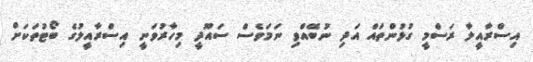
އިސްރާއީލާ ރަސްމީ ގުޅުންތައް އަދި ނުބޭއްވި ނަމަވެސް ސައޫދީ މިހާރުވަނީ އިސްރާއީލުގެ ބޯޓުތަކަށް